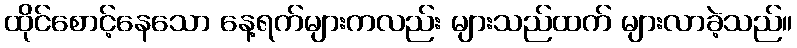
ထိုင်စောင့်နေသော နေ့ရက်များကလည်း များသည်ထက် များလာခဲ့သည်။